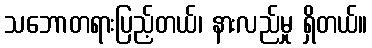
သဘောတရားပြည့်တယ်၊ နားလည်မှု ရှိတယ်။